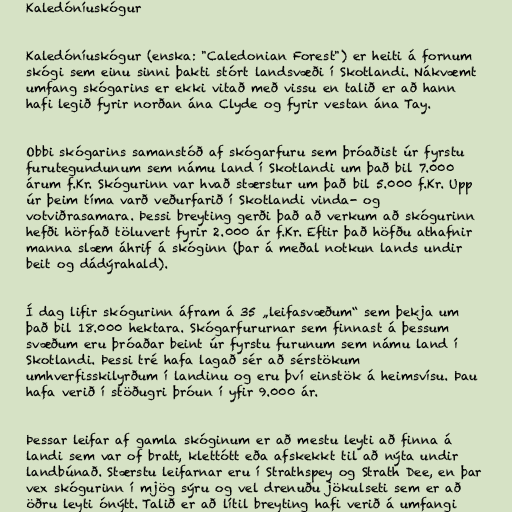
Kaledóníuskógur

Kaledóníuskógur (enska: "Caledonian Forest") er heiti á fornum
skógi sem einu sinni þakti stórt landsvæði í Skotlandi. Nákvæmt
umfang skógarins er ekki vitað með vissu en talið er að hann
hafi legið fyrir norðan ána Clyde og fyrir vestan ána Tay.

Obbi skógarins samanstóð af skógarfuru sem þróaðist úr fyrstu
furutegundunum sem námu land í Skotlandi um það bil 7.000
árum f.Kr. Skógurinn var hvað stærstur um það bil 5.000 f.Kr. Upp
úr þeim tíma varð veðurfarið í Skotlandi vinda- og
votviðrasamara. Þessi breyting gerði það að verkum að skógurinn
hefði hörfað töluvert fyrir 2.000 ár f.Kr. Eftir það höfðu athafnir
manna slæm áhrif á skóginn (þar á meðal notkun lands undir
beit og dádýrahald).

Í dag lifir skógurinn áfram á 35 „leifasvæðum“ sem þekja um
það bil 18.000 hektara. Skógarfururnar sem finnast á þessum
svæðum eru þróaðar beint úr fyrstu furunum sem námu land í
Skotlandi. Þessi tré hafa lagað sér að sérstökum
umhverfisskilyrðum í landinu og eru því einstök á heimsvísu. Þau
hafa verið í stöðugri þróun í yfir 9.000 ár.

Þessar leifar af gamla skóginum er að mestu leyti að finna á
landi sem var of bratt, klettótt eða afskekkt til að nýta undir
landbúnað. Stærstu leifarnar eru í Strathspey og Strath Dee, en þar
vex skógurinn í mjög sýru og vel drenuðu jökulseti sem er að
öðru leyti ónýtt. Talið er að lítil breyting hafi verið á umfangi